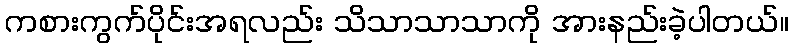
ကစားကွက်ပိုင်းအရလည်း သိသာသာသာကို အားနည်းခဲ့ပါတယ်။